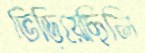
ভিড়িয়েছিলি